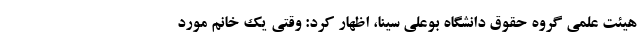
هیئت علمی گروه حقوق دانشگاه بوعلی سینا، اظهار کرد: وقتی یک خانم مورد